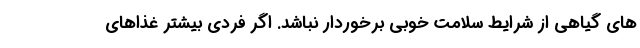
های گیاهی از شرایط سلامت خوبی برخوردار نباشد. اگر فردی بیشتر غذاهای